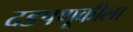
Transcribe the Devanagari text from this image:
दडपणूकीला